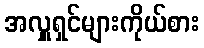
အလှူရှင်များကိုယ်စား